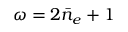
\omega = 2 \bar { n } _ { e } + 1